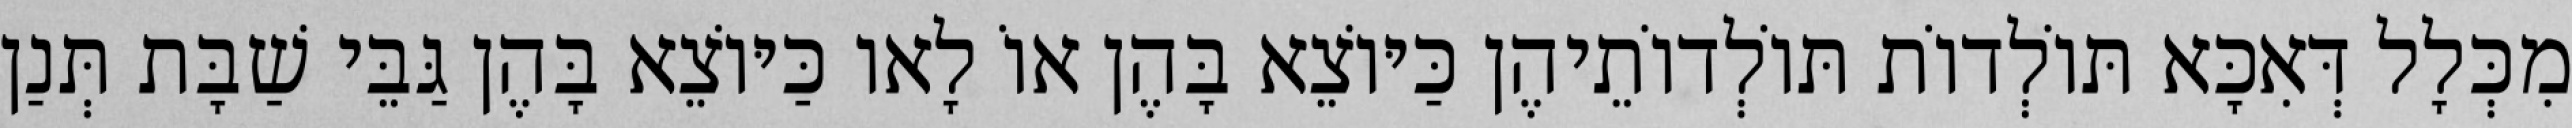
מִכְּלָל דְּאִכָּא תּוֹלְדוֹת תּוֹלְדוֹתֵיהֶן כַּיּוֹצֵא בָּהֶן אוֹ לָאו כַּיּוֹצֵא בָּהֶן גַּבֵּי שַׁבָּת תְּנַן